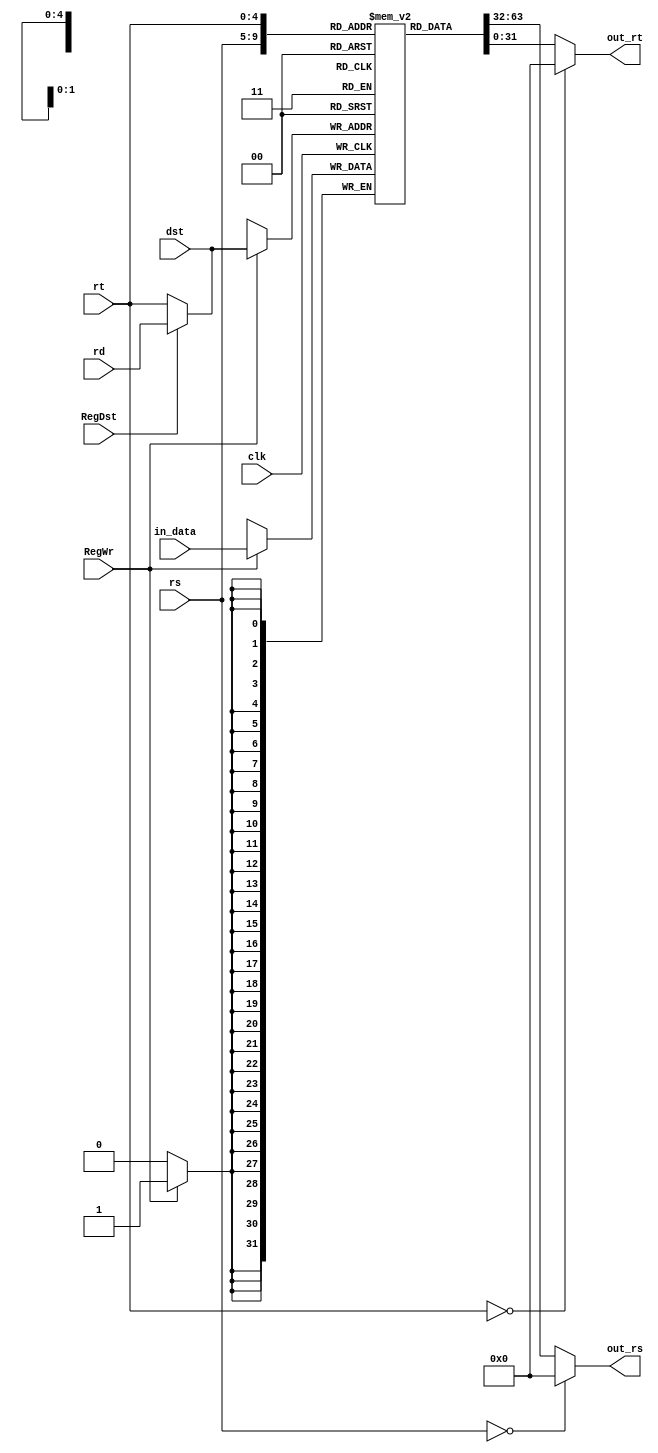
module gpr(clk,rs,rt,rd,dst,RegWr,RegDst,in_data,out_rs,out_rt);

    input clk;
    input [4:0] rs;//the index of rs(1st register)
    input [4:0] rt;//the index of rt(2nd register)
    input [4:0] rd;//the index of rd(3rd register)
    input [4:0] dst;//the index of register to write
    input RegWr;//write enable
    input RegDst;//'b0 for rt,'b1 for rd
    input [31:0] in_data;//the data to write
    output [31:0] out_rs;//the data from rs(1st register)
    output [31:0] out_rt;//the data from rt(2nd register)
    
    reg [31:0] gpr [31:0];
    assign out_rs=(rs==0)?8'h00000000:gpr[rs];
    assign out_rt=(rt==0)?8'h00000000:gpr[rt];
    assign dst=(RegDst=='b0)?rt:rd;
    
    always@(posedge clk)
        if(RegWr==1)
            begin
                gpr[dst]=in_data;
            end
        
endmodule